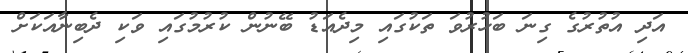
އަދި އުތުރުގެ ގިނަ ބަހުރުވަ ތަކުގައި މިދެއަޑު ބޭނުން ކުރުމުގައި ވަކި ދެބިނާއަކަށް